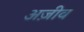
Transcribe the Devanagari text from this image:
अज़ीव